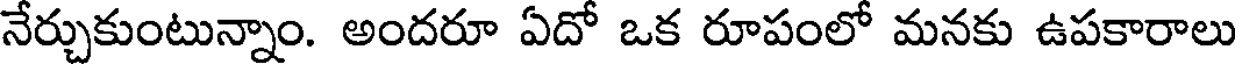
నేర్చుకుంటున్నాం. అందరూ ఏదో ఒక రూపంలో మనకు ఉపకారాలు